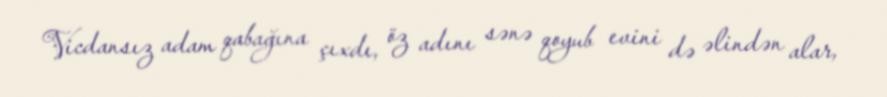
Vicdansız adam qabağına çıxdı, öz adını sənə qoyub evini də əlindən alar,